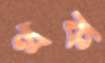
থক